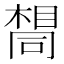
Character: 𫝛